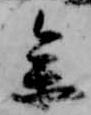
参